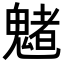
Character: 𩴀